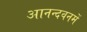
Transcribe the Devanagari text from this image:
आनन्दवनमें